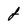
Character: j